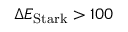
\Delta E _ { \mathrm { S t a r k } } > 1 0 0